Civil Veterinary Department. Madras. Admin. report 1910-25 - 1910-1925
Year: 1910
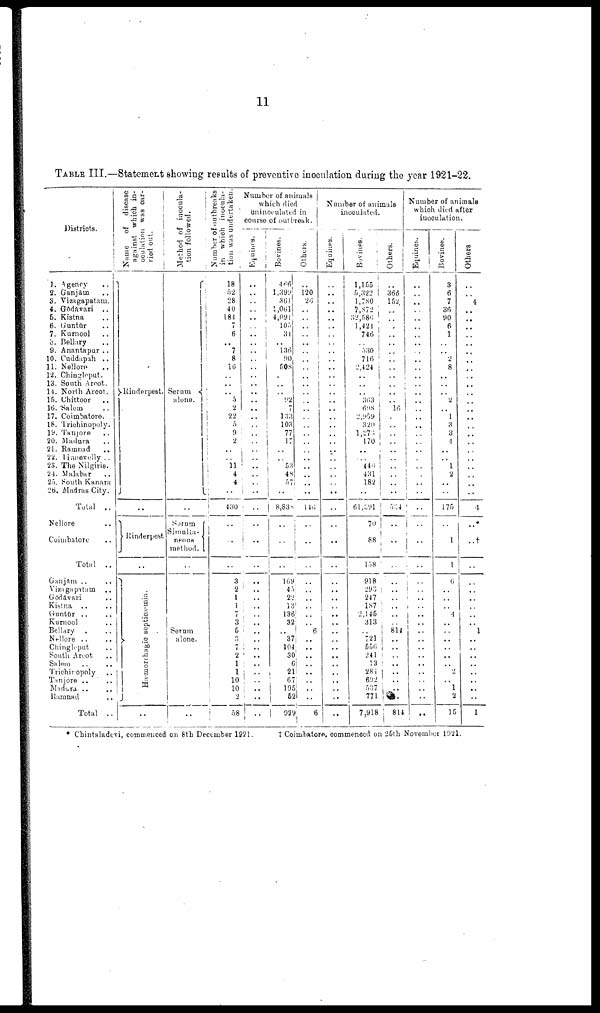
11
TABLE III.—Statement showing results of preventive inoculation during the year 1921-22.
Districts.
1. Agency ..
2. Ganjām ...
3. Vizagapatam.
4. Gōdāvari ..
5. Kistna ..
6. Guntur ..
7. Kurnool ..
8. Bellary ..
9. Anantapur ..
10. Cuddapah ..
11. Nellore ..
12. Chingleput.
13. South Arcot.
14. North Arcot.
15. Chittoor ..
16. Salem ..
17. Coimbatore.
18. Trichinopoly.
19. Tanjore ..
20. Madura ..
21. Ramnad
..
22. Tinnevelly ..
23. The Nilgiris.
24. Malabar ..
25. South Kanara
26. Madras City.
Total ..
Nellore ..
Coimbatore ..
Total ..
Ganjām ..
Vizagapatam ..
Gōdavāri ..
Kistna .. ..
Guntūr ..
Kurnool ..
Bellary .. ..
Nellore .. ..
Chingleput ..
South Arcot ..
Salem .. ..
Trichinopoly ..
Tanjore .. ..
Madura .. ..
Ramnad ..
Total ..
Name
of disease
against which in
oculation was car-
ried out.
Rinderpest.
..
..
Rinderpest.
Hæmorrhagic septicæmia.
Method of inocula
tion followed.
Serum
alone.
Serum
Simulta
neous
method.
Serum
alone.
..
Number of outbreaks
in which inocula
tion was undertaken.
18
52
28
40
181
7
6
7
8
16
..
..
...
5
2
22
5
9
2
..
..
11
4
4
..
430
....
..
..
3
2
1
1
7
3
5
3
7
2
1
1
10
10
2
58
Number of animals
which died
uninoculated in
course of outbreak.
Equines.
..
..
..
..
..
...
..
..
..
..
..
..
..
..
..
..
..
..
..
..
..
.. ..
..
..
..
..
..
..
..
..
..
..
..
..
..
..
..
..
..
..
..
..
..
Bovines.
466
1,399
361
1,061
4,091
105
34
..
136
90
508
.
..
..
92
7
133
103
77
17
..
..
53
48
57
..
8,838
..
..
..
169
45
22
13
136
32
..
37
104:
30
6
21
67
195
52
929
Others.
..
120
26
..
..
..
..
....
..
..
..
..
..
..
..
..
..
..
..
..
..
..
..
..
..
..
146
..
..
..
..
..
..
..
..
..
6
..
..
..
..
..
..
..
..
6
Number of animals
inoculated.
Equines.
..
-
..
..
..
..
..
..
..
..
..
..
..
..
..
..
..
..
..
..
..
..
..
..
..
..
..
..
..
..
..
..
..
..
..
..
..
..
..
..
..
..
..
..
..
..
Bovines.
1,155
5,322
1,780
7,872
32,586
1,424
746
..
530
716
2,424
..
..
..
363
698
2,959
320
1,273
170
..
..
440
431
182
..
61,391
70
88
158
918
293
24 7
187
2,145
313
..
721
556
241
13
284
692
537
771
7,918
Others.
..
366
152,
..
..
..
..
..
..
..
..
..
..
..
..
16
..
..
..
..
..
..
..
..
..
..
534
..
..
..
..
..
..
..
..
. .
814
..
..
..
..
..
..
..
..
814
Number of animals
which died after
inoculation.
Equines.
..
..
..
..
..
..
..
..
..
..
..
..
..
..
..
..
..
..
..
..
..
..
..
..
..
..
..
..
..
..
..
..
..
..
..
..
..
..
..
..
..
..
Bovines.
3
6
7
36
90
6
1
..
..
2
8
..
..
..
2
..
1
3
3
4
..
..
1
2
..
..
175
..
1
1
6
..
..
..
4
..
..
..
..
..
..
..
..
1
2
15
Others
..
..
4
..
..
..
..
..
..
..
..
..
..
..
..
..
..
..
..
..
..
..
..
..
..
..
4
.. *
..†
..
..
..
..
..
..
..
1
..
..
..
..
..
..
..
..
1
* Chintaladevi, commenced on 8th December 1921. † Coimbatore, commenced on 25th November 1921.